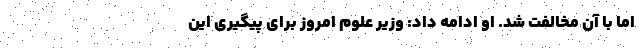
اما با آن مخالفت شد. او ادامه داد: وزیر علوم امروز برای پیگیری این